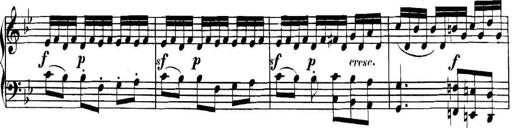
Title: Collected Piano Sonatas
Composer: Muzio Clementi